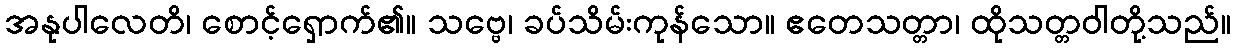
အနုပါလေတိ၊ စောင့်ရှောက်၏။ သဗ္ဗေ၊ ခပ်သိမ်းကုန်သော။ ဧတေသတ္တာ၊ ထိုသတ္တဝါတို့သည်။